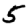
Digit: 5